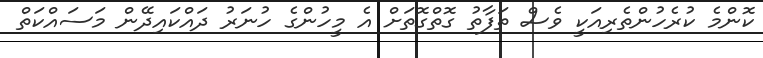
ކޮންމެ ކުރެހުންތެރިއަކީ ވެސް ތަފާތު ގޮތްގޮތަށް އެ މީހުންގެ ހުނަރު ދައްކައިދޭން މަސައްކަތް